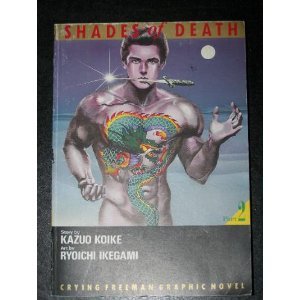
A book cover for Crying Freeman Graphic Novel: Shades of Death Part 2; Kazuo Koike; Comics & Graphic Novels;